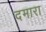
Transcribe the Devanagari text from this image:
दमारा